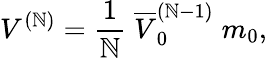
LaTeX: V^{(\mathbb{N})}=\frac{{1}}{{\mathbb{N}}}\; \overline{{{{V}}}}_{0}^{(\mathbb{N}-1)}\; m_{0},